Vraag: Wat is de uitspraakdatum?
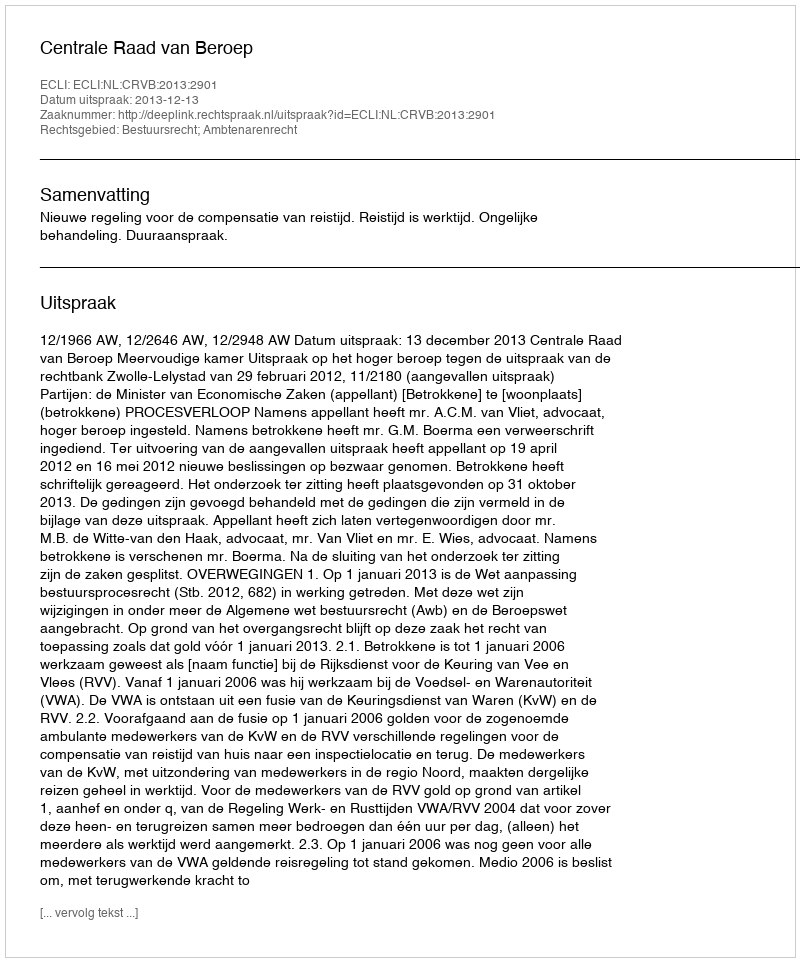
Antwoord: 2013-12-13